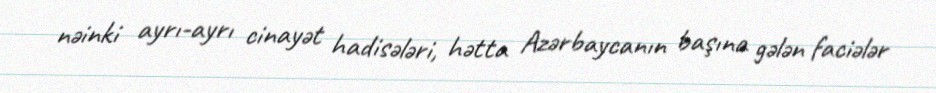
nəinki ayrı-ayrı cinayət hadisələri, hətta Azərbaycanın başına gələn faciələr